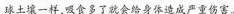
球土壤一样，吸食多了就会给身体造成严重伤害。